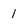
Character: 1